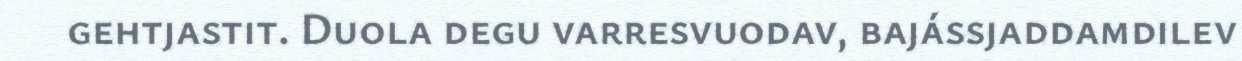
gehtjastit. Duola degu varresvuodav, bajássjaddamdilev